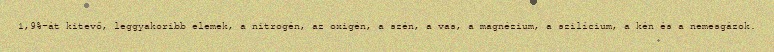
1,9%-át kitevő, leggyakoribb elemek, a nitrogén, az oxigén, a szén, a vas, a magnézium, a szilícium, a kén és a nemesgázok.